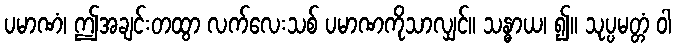
ပမာဏံ၊ ဤအချင်းတထွာ လက်လေးသစ် ပမာဏကိုသာလျှင်။ သန္ဓာယ၊ ၍။ သုပ္ပမတ္တံ ဝါ